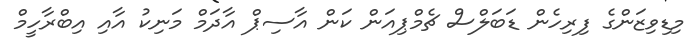
މިޑިވިޒަންގެ ފިރިހެން ޑަބަލްސް ޗެމްޕިއަން ކަން އާސިޕް އާދަމް މަނިކު އާއި އިބްރާހީމް